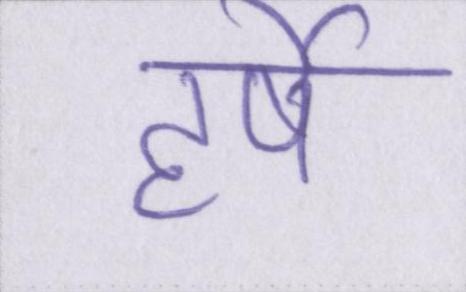
हर्षे